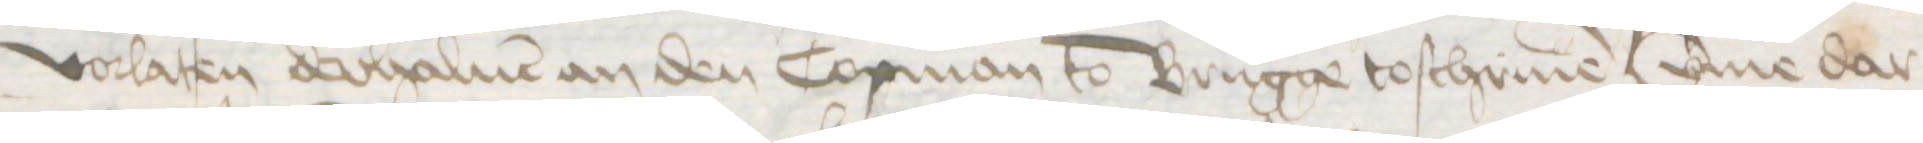
vorlaten derhaluen an den Copman to Brugge toschriuen umme dar